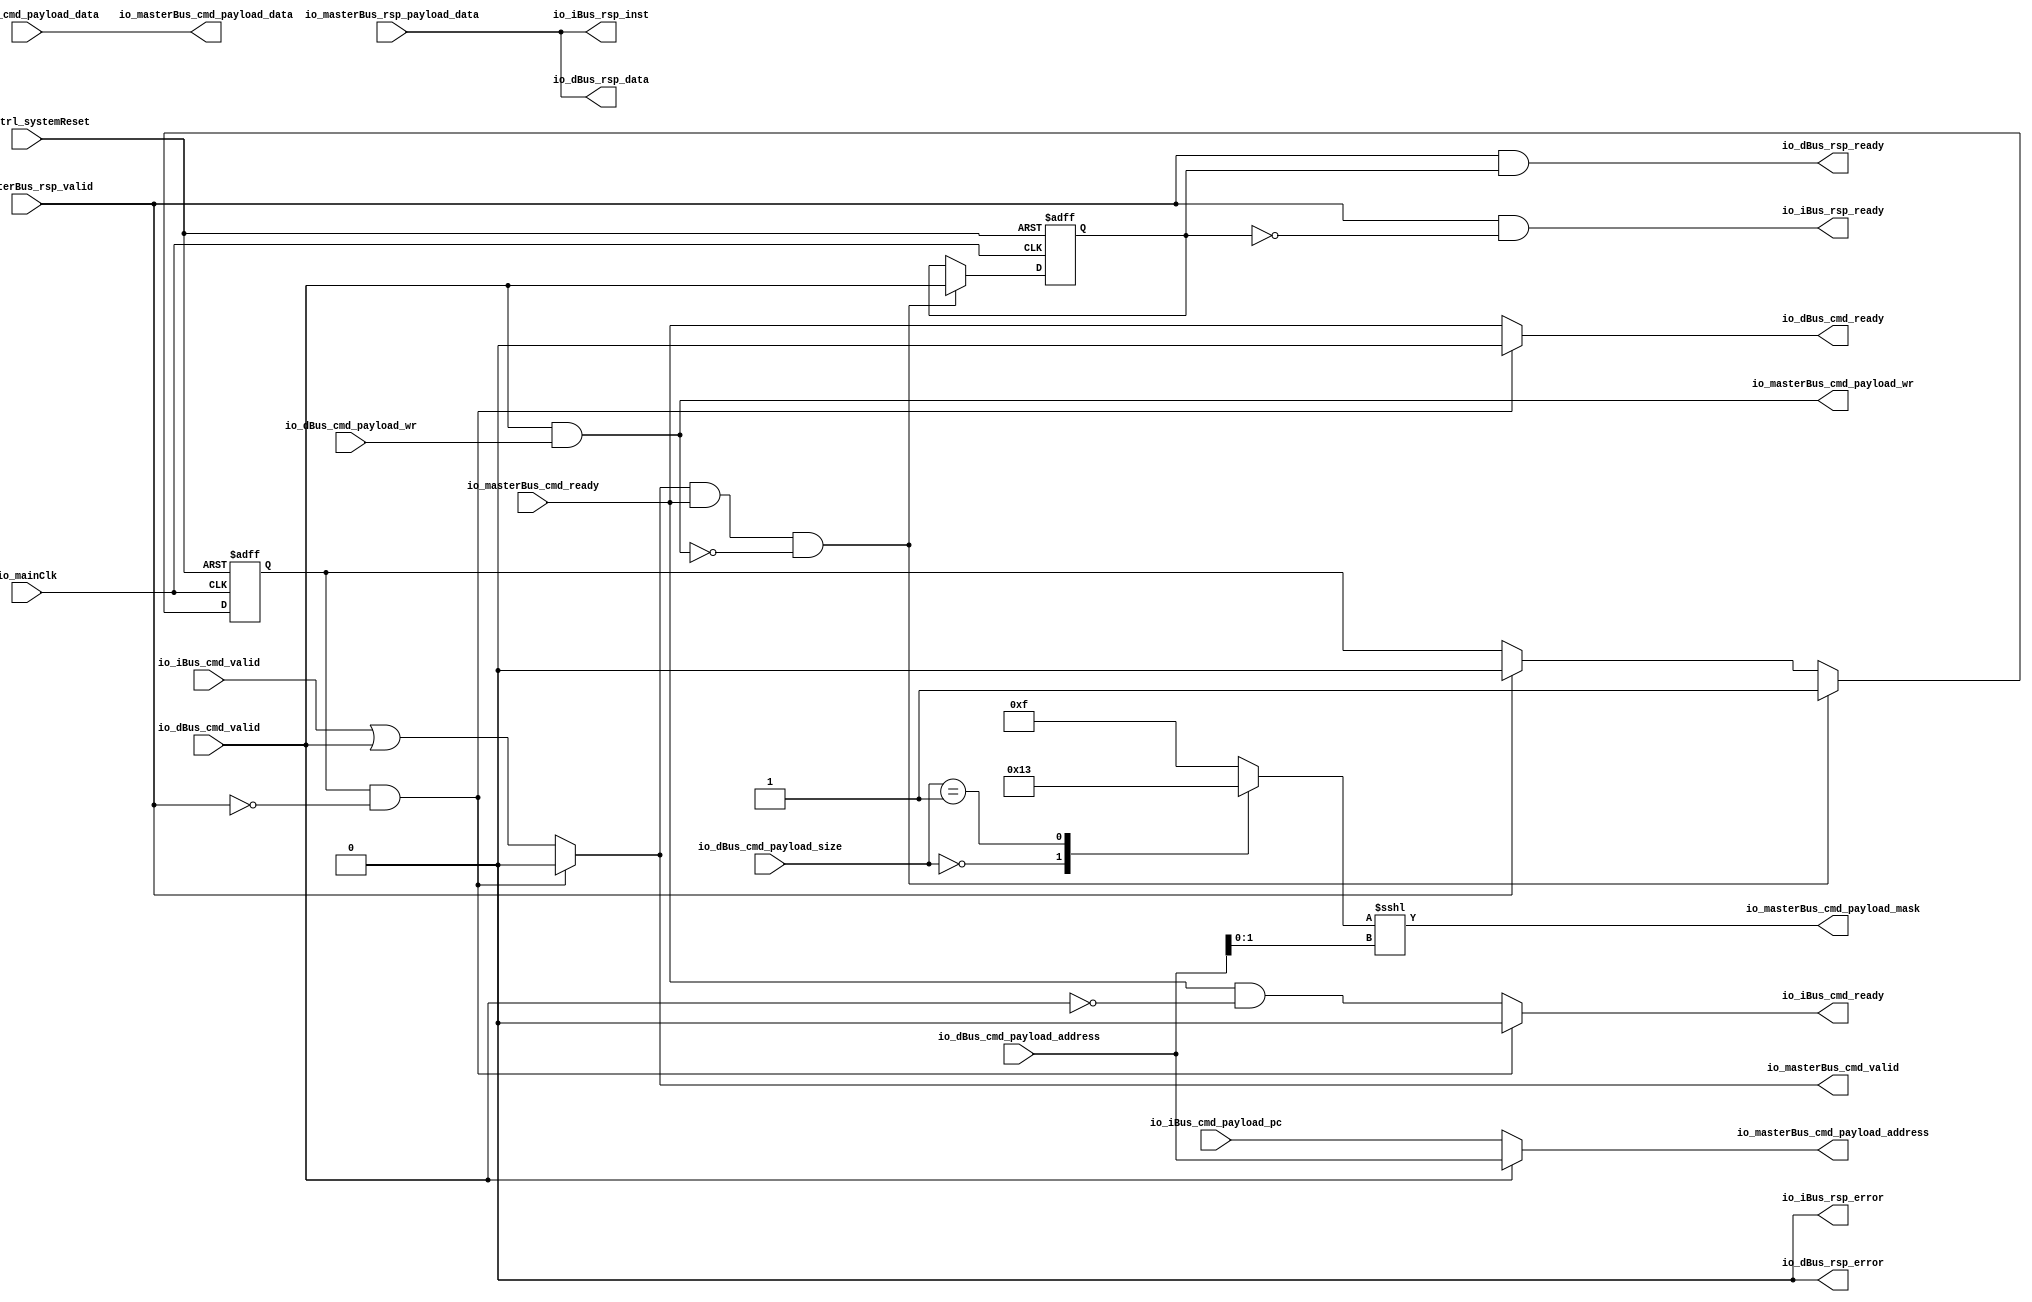
module MuraxMasterArbiter (
      input   io_iBus_cmd_valid,
      output reg  io_iBus_cmd_ready,
      input  [31:0] io_iBus_cmd_payload_pc,
      output  io_iBus_rsp_ready,
      output  io_iBus_rsp_error,
      output [31:0] io_iBus_rsp_inst,
      input   io_dBus_cmd_valid,
      output reg  io_dBus_cmd_ready,
      input   io_dBus_cmd_payload_wr,
      input  [31:0] io_dBus_cmd_payload_address,
      input  [31:0] io_dBus_cmd_payload_data,
      input  [1:0] io_dBus_cmd_payload_size,
      output  io_dBus_rsp_ready,
      output  io_dBus_rsp_error,
      output [31:0] io_dBus_rsp_data,
      output  io_masterBus_cmd_valid,
      input   io_masterBus_cmd_ready,
      output  io_masterBus_cmd_payload_wr,
      output [31:0] io_masterBus_cmd_payload_address,
      output [31:0] io_masterBus_cmd_payload_data,
      output [3:0] io_masterBus_cmd_payload_mask,
      input   io_masterBus_rsp_valid,
      input  [31:0] io_masterBus_rsp_payload_data,
      input   io_mainClk,
      input   resetCtrl_systemReset);
  reg  _zz_2;
  wire  _zz_3;
  reg [3:0] _zz_1;
  reg  rspPending;
  reg  rspTarget;
  assign io_masterBus_cmd_valid = _zz_2;
  assign io_masterBus_cmd_payload_wr = _zz_3;
  always @ (*) begin
    _zz_2 = (io_iBus_cmd_valid || io_dBus_cmd_valid);
    io_iBus_cmd_ready = (io_masterBus_cmd_ready && (! io_dBus_cmd_valid));
    io_dBus_cmd_ready = io_masterBus_cmd_ready;
    if((rspPending && (! io_masterBus_rsp_valid)))begin
      io_iBus_cmd_ready = 1'b0;
      io_dBus_cmd_ready = 1'b0;
      _zz_2 = 1'b0;
    end
  end
  assign _zz_3 = (io_dBus_cmd_valid && io_dBus_cmd_payload_wr);
  assign io_masterBus_cmd_payload_address = (io_dBus_cmd_valid ? io_dBus_cmd_payload_address : io_iBus_cmd_payload_pc);
  assign io_masterBus_cmd_payload_data = io_dBus_cmd_payload_data;
  always @ (*) begin
    case(io_dBus_cmd_payload_size)
      2'b00 : begin
        _zz_1 = (4'b0001);
      end
      2'b01 : begin
        _zz_1 = (4'b0011);
      end
      default : begin
        _zz_1 = (4'b1111);
      end
    endcase
  end
  assign io_masterBus_cmd_payload_mask = (_zz_1 <<< io_dBus_cmd_payload_address[1 : 0]);
  assign io_iBus_rsp_ready = (io_masterBus_rsp_valid && (! rspTarget));
  assign io_iBus_rsp_inst = io_masterBus_rsp_payload_data;
  assign io_iBus_rsp_error = 1'b0;
  assign io_dBus_rsp_ready = (io_masterBus_rsp_valid && rspTarget);
  assign io_dBus_rsp_data = io_masterBus_rsp_payload_data;
  assign io_dBus_rsp_error = 1'b0;
  always @ (posedge io_mainClk or posedge resetCtrl_systemReset) begin
    if (resetCtrl_systemReset) begin
      rspPending <= 1'b0;
      rspTarget <= 1'b0;
    end else begin
      if(io_masterBus_rsp_valid)begin
        rspPending <= 1'b0;
      end
      if(((_zz_2 && io_masterBus_cmd_ready) && (! _zz_3)))begin
        rspTarget <= io_dBus_cmd_valid;
        rspPending <= 1'b1;
      end
    end
  end
endmodule